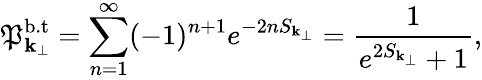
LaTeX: \mathfrak{P}_{{\mathbf{k}}_{\perp}}^{\mathrm{{b.t}}}=\sum_{n=1}^{\infty}(-1)^{n+1}e^{-2nS_{{\mathbf{k}}_{\perp}}}=\frac{{1}}{{e^{2S_{{\mathbf{k}}_{\perp}}}+1}},